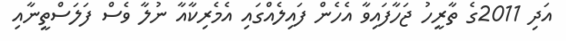
އަދި 2011ގެ ތާރީހު ޖަހާފައިވާ އެހެން ފައިލެއްގައި އެމެރިކާއާ ނުލާ ވެސް ފަލަސްތީނާއި